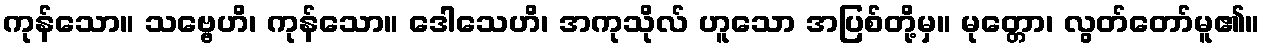
ကုန်သော။ သဗ္ဗေဟိ၊ ကုန်သော။ ဒေါသေဟိ၊ အကုသိုလ် ဟူသော အပြစ်တို့မှ။ မုတ္တော၊ လွတ်တော်မူ၏။